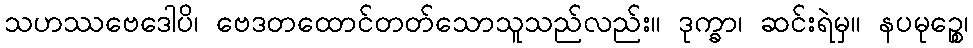
သဟဿဗေဒေါပိ၊ ဗေဒတထောင်တတ်သောသူသည်လည်း။ ဒုက္ခာ၊ ဆင်းရဲမှ။ နပမုဉ္စေ၊